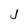
Character: j